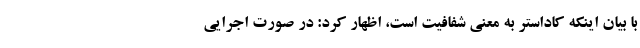
با بیان اینکه کاداستر به معنی شفافیت است، اظهار کرد: در صورت اجرایی